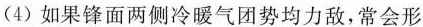
(4)如果锋面两侧冷暖气团势均力敌，常会形